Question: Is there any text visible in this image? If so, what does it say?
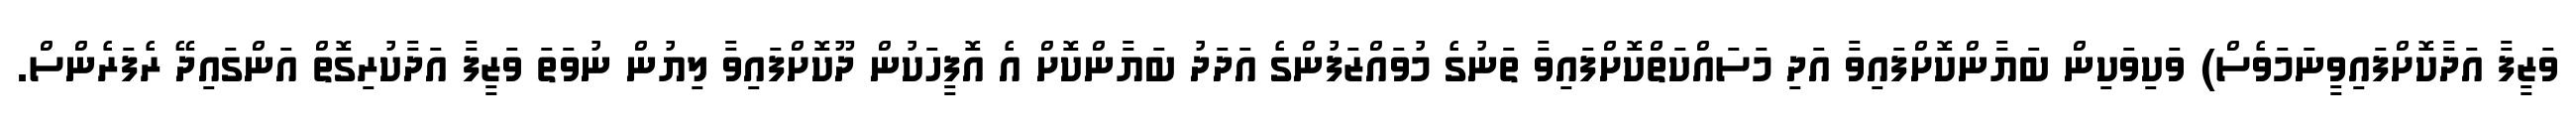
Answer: ވަޒީފާ އަދާކޮށްފައިވީނަމަވެސް) ވަކިވަކިން ބަޔާންކޮށްފައިވާ އަދި މަސައްކަތްކޮށްފައިވާ ތަނުގެ މުވައްޒަފުންގެ އަދަދު ބަޔާންކޮށް އެ އޮފީހަކުން ދޫކޮށްފައިވާ ލިޔުން ނުވަތަ ވަޒީފާ އަދާކުރިގޮތް އަންގައިދޭ ރެފަރެންސް.